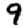
Digit: 9